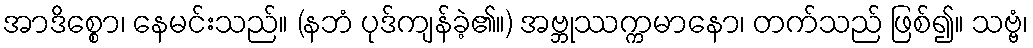
အာဒိစ္စော၊ နေမင်းသည်။ (နဘံ ပုဒ်ကျန်ခဲ့၏။) အဗ္ဘုဿက္ကမာနော၊ တက်သည် ဖြစ်၍။ သဗ္ဗံ၊